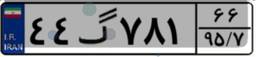
۷۲گ۰۲۳۸۴